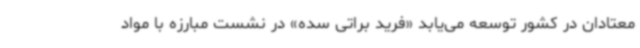
معتادان در کشور توسعه می‌یابد «فرید براتی سده» در نشست مبارزه با مواد